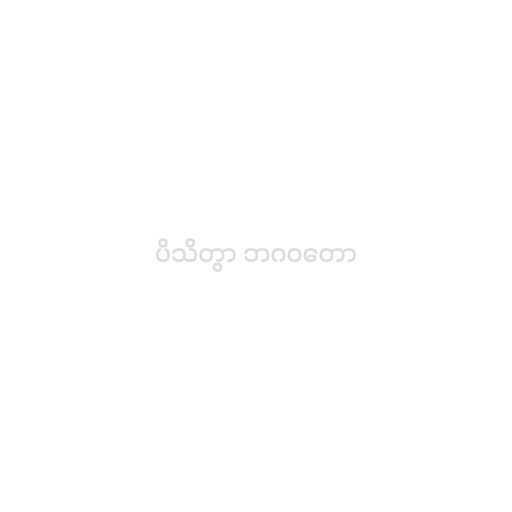
ပိသိတွာ ဘဂဝတော